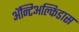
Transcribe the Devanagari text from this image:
अॅन्टिअल्किडास